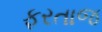
ફરતાજ